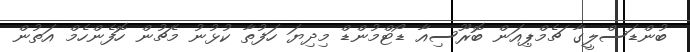
ބުންޑަސްލީގާ ޗެމްޕިއަން ބޮރޫސިއާ ޑޯޓްމުންޑް މިދިޔަ ހަފުތާ ކުޅުނު މެޗުން ހޮފެންހެމް އަތުން